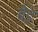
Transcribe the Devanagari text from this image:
बेइ